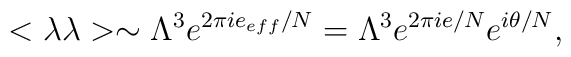
<\lambda \lambda> \sim \Lambda^3 e^{2 \pi i e_{eff}/N} =\Lambda^3 e^{2 \pi i e/N} e^{i \theta/N},